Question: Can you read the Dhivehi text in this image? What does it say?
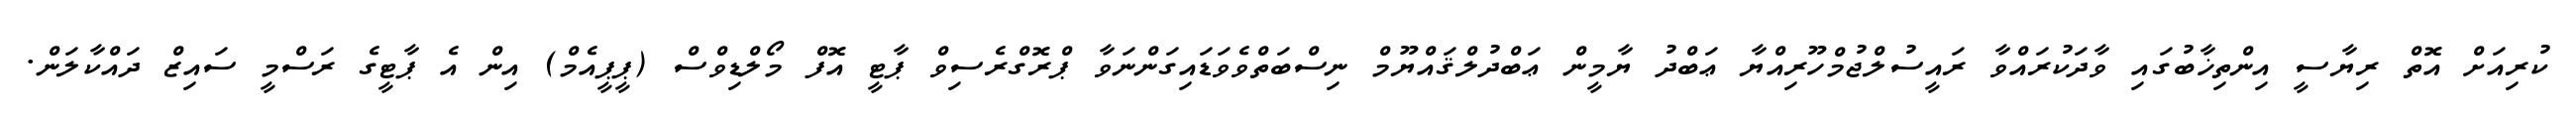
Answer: ކުރިއަށް އޮތް ރިޔާސީ އިންތިޚާބުގައި ވާދަކުރައްވާ ރައީސުލްޖުމްހޫރިއްޔާ ޢަބްދު ޔާމީން ޢަބްދުލްޤައްޔޫމް ނިސްބަތްވެވަޑައިގަންނަވާ ޕްރޮގްރެސިވް ޕާޓީ އޮފް މޯލްޑިވްސް (ޕީޕީއެމް) އިން އެ ޕާޓީގެ ރަސްމީ ސައިޒް ދައްކާލަން.